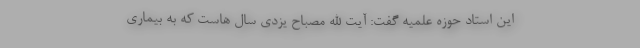
این استاد حوزه علمیه گفت: آیت الله مصباح یزدی سال هاست که به بیماری